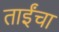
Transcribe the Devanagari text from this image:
ताईंचा